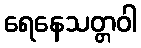
ရေနေသတ္တဝါ